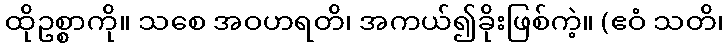
ထိုဥစ္စာကို။ သစေ အဝဟရတိ၊ အကယ်၍ခိုးဖြစ်ကဲ့။ (ဧဝံ သတိ၊